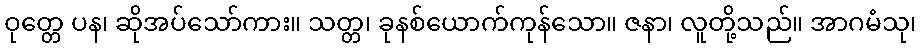
ဝုတ္တေ ပန၊ ဆိုအပ်သော်ကား။ သတ္တ၊ ခုနစ်ယောက်ကုန်သော။ ဇနာ၊ လူတို့သည်။ အာဂမံသု၊